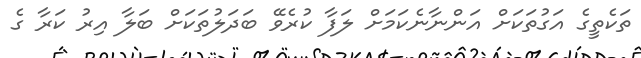
ތަކެތީގެ އަގުތަކަށް އަންނާނެކަމަށް ލަފާ ކުރެވޭ ބަދަލުތަކަށް ބަލާ އިރު ކަރާ ގެ